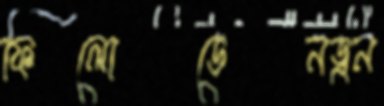
ফিলোডেনড্রন